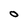
Character: 0